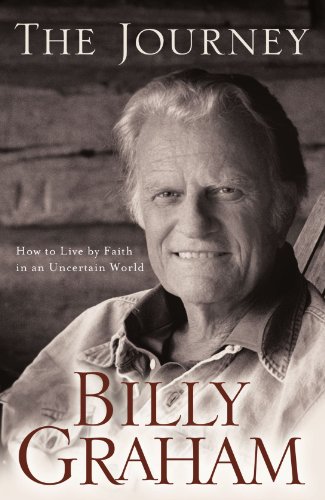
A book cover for The Journey: Living by Faith in an Uncertain World; Billy Graham; Christian Books & Bibles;